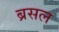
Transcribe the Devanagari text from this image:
ब्रसल